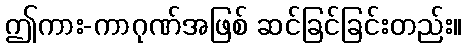
ဤကား-ကာဂုဏ်အဖြစ် ဆင်ခြင်ခြင်းတည်း။